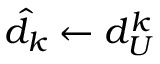
\hat { d } _ { k } \gets d _ { U } ^ { k }